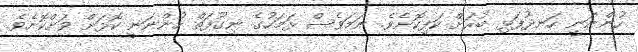
ހުންނަނީ ހަނދުފަޅި ބުރަށް ކަފިކޮށެވެ. ނަމަވެސް ޅަމަހުގެ ނިގޫފަތް ހުންނަނީ ކޮޅަށް ވަށްކޮށެވެ.